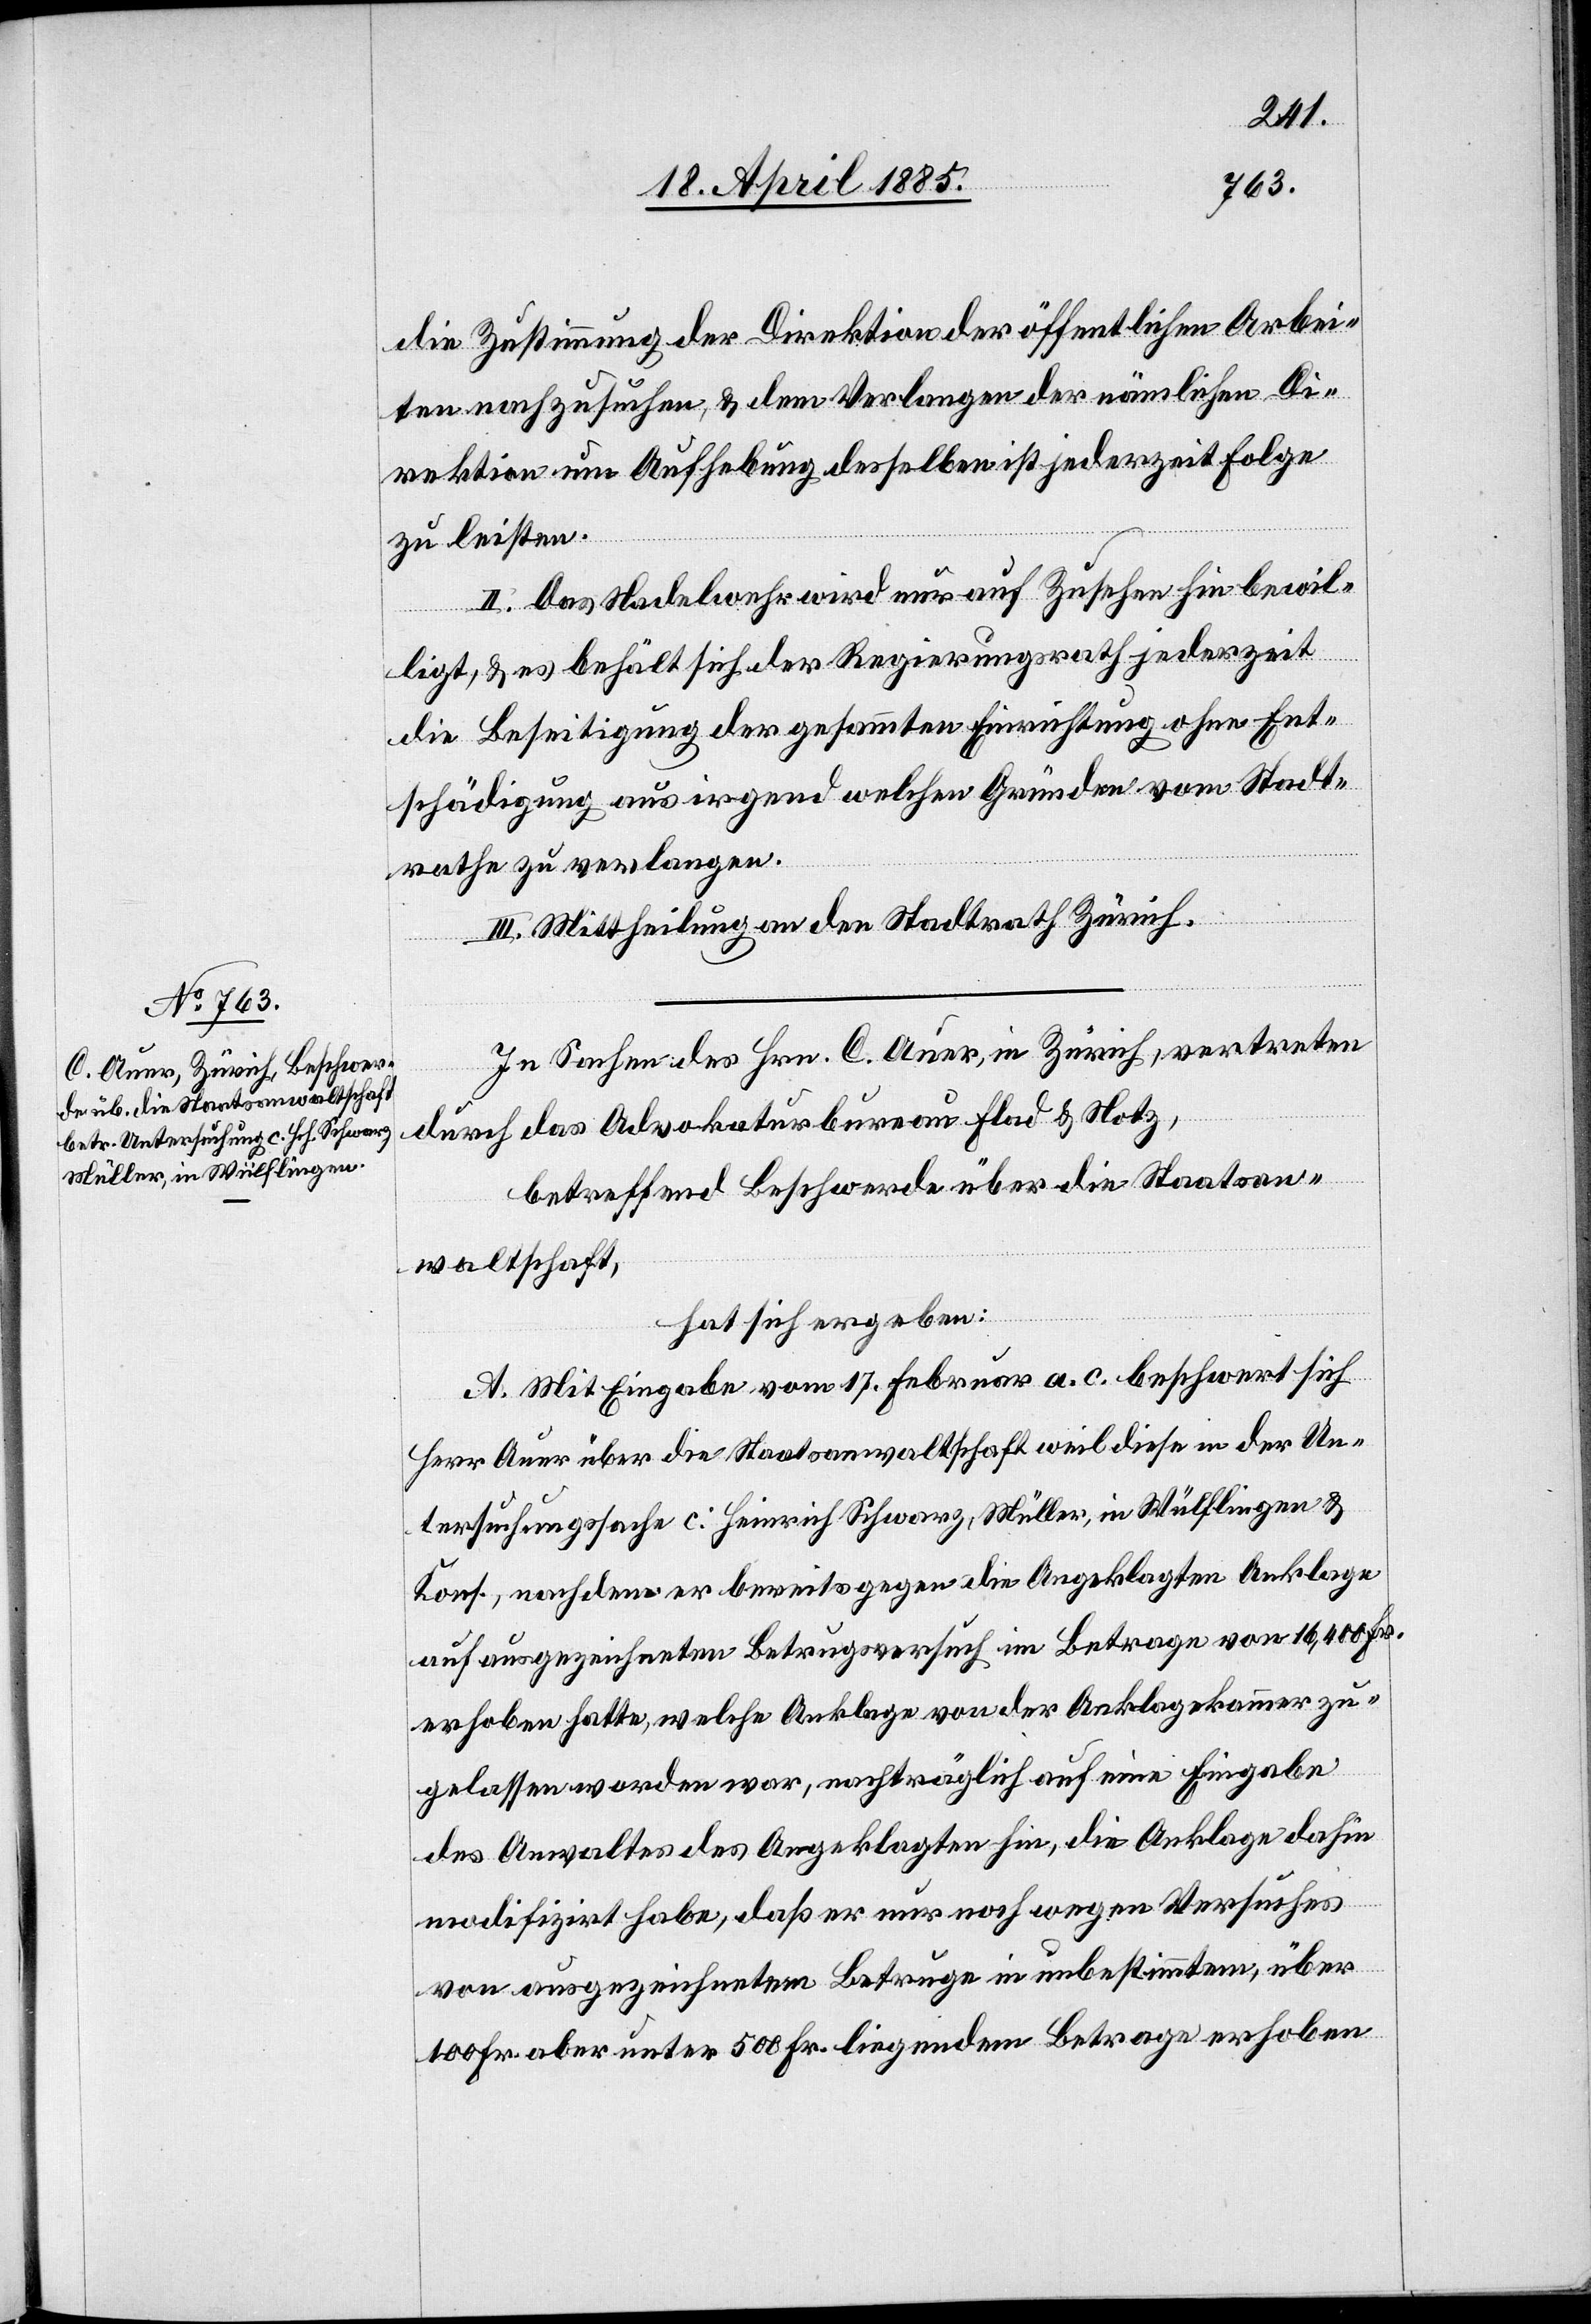
die Zustimmung der Direktion der öffentlichen Arbei¬
ten nachzusuchen, & dem Verlangen der nämlichen Di¬
rektion um Aufhebung desselben ist jederzeit Folge
zu leisten.
II. Das Nadelwehr wird nur auf Zusehen hin bewil¬
ligt, & es behält sich der Regierungsrath jederzeit
die Beseitigung der gesammten Einrichtung ohne Ent¬
schädigung aus irgend welchen Gründen vom Stadt¬
rathe vor zu verlangen.
III. Mittheilung an den Stadtrath Zürich.
In Sachen des Hrn. C. Auer, in Zürich, vertreten
durch das Advokaturbureau Flad & Notz,
betreffend Beschwerde über die Staatsan¬
waltschaft,
hat sich ergeben:
A. Mit Eingabe vom 17. Februar a. c. beschwert sich
Herr Auer über die Staatsanwaltschaft weil diese in der Un¬
tersuchungssache c. Heinrich Schwarz, Müller, in Wülflingen &
Kons., nachdem er bereits gegen die angeklagten Anklage
auf ausgezeichneten Betrugsversuch im Betrage von 16,400 Fr.
erhoben hatte, welche Anklage von der Anklagekammer zu¬
gelassen worden war, nachträglich auf eine Eingabe
des Anwaltes des Angeklagten hin, die Anklage dahin
modifizirt habe, daß er nur noch wegen Versuches
von ausgezeichnetem Betruge in unbestimmtem, über
100 Fr. aber unter 500 Fr. liegendem Betrage erhoben